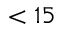
< 1 5